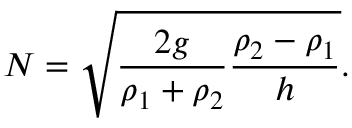
N = \sqrt { \frac { 2 g } { \rho _ { 1 } + \rho _ { 2 } } \frac { \rho _ { 2 } - \rho _ { 1 } } { h } } .